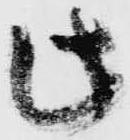
此